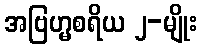
အဗြဟ္မစရိယ ၂-မျိုး